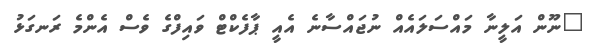
"ނޫން އަލީނާ މައްސަލައެއް ނުޖައްސާނެ އެއީ ޕާފެކްޓް ވައިފްގެ ވެސް އެންމެ ރަނގަޅު